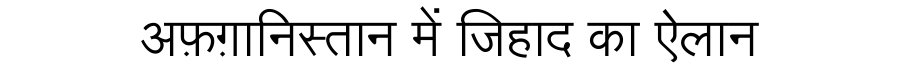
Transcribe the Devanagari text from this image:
अफ़ग़ानिस्तान में जिहाद का ऐलान